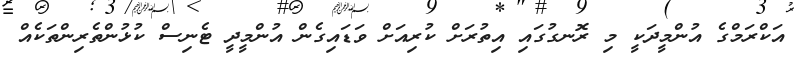
އަކްރަމްގެ އުންމީދަކީ މި ރޮނގުގައި އިތުރަށް ކުރިއަށް ވަޑައިގެން އުންމީދީ ޓެނިސް ކުޅުންތެރިންތަކެއް